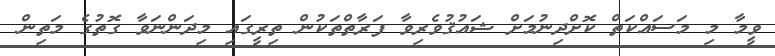
ވީމާ މި މަސައްކަތް ކޮށްދިނުމަށް ޝައުޤުވެރިވާ ފަރާތްތަކުން ތިރީގައި މިދަންނަވާ ގޮތުގެ މަތިން